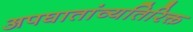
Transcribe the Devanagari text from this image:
अपघातांव्यतिरिक्त